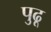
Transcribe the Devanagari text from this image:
पुढू